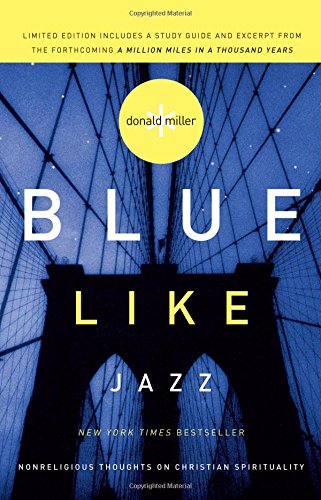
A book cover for Blue Like Jazz: Nonreligious Thoughts on Christian Spirituality; Donald Miller; Health, Fitness & Dieting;